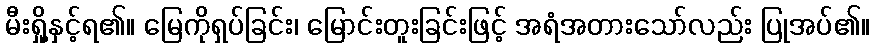
မီးရှို့နှင့်ရ၏။ မြေကိုရှပ်ခြင်း၊ မြောင်းတူးခြင်းဖြင့် အရံအတားသော်လည်း ပြုအပ်၏။